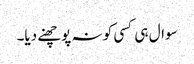
سوال ہی کسی کو نہ پوچھنے دیا۔